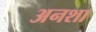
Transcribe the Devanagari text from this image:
अनशा